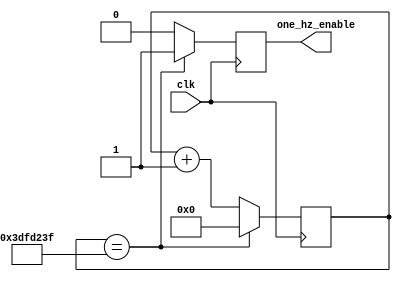
`timescale 1ns / 1ps
//////////////////////////////////////////////////////////////////////////////////
// Company: 
// Design Name: 
// Module Name:    divider 
//////////////////////////////////////////////////////////////////////////////////

//assumes use of 65MHz clock, creates one second pulse each second
module clock_divider(
    input clk,
    output reg one_hz_enable );
	 
	 reg [25:0] counter = 26'b0;
	 
	 always @ (posedge clk) begin
		counter <= counter + 1;
		//generate 1hz signal
		if (counter == 26'd65_000_000 - 1) 
			begin 
				counter <= 0;
				one_hz_enable <= 1;
			end
		else one_hz_enable <= 0;		
	 end

endmodule

//creates 50% duty cycle 1mhz clock 
module led_divider(
    input clk,
    output reg one_mhz_enable
    );
	 
	 reg [5:0] counter = 6'b0;
	 
	 always @ (posedge clk) begin
		counter <= counter + 1;
		if (counter[5] == 1'b1) begin //send a clock when the 2**6 bit is 1
			one_mhz_enable <= 1;
		end
		
		else one_mhz_enable <= 0;
	 end


endmodule